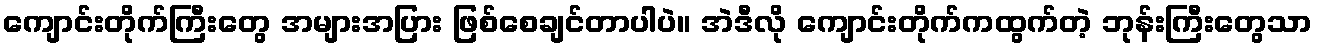
ကျောင်းတိုက်ကြီးတွေ အများအပြား ဖြစ်စေချင်တာပါပဲ။ အဲဒီလို ကျောင်းတိုက်ကထွက်တဲ့ ဘုန်းကြီးတွေသာ